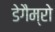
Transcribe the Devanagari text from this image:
डेगैम्रो